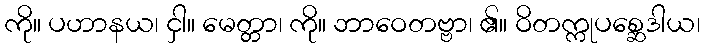
ကို။ ပဟာနယ၊ ငှါ။ မေတ္တာ၊ ကို။ ဘာဝေတဗ္ဗာ၊ ၏။ ဝိတက္ကုပစ္ဆေဒါယ၊